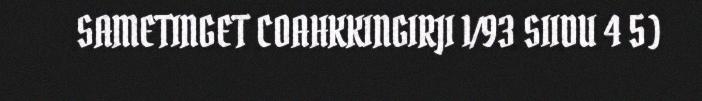
SAMETINGET COAHKKINGIRJI 1/93 SIIDU 4 5)